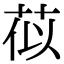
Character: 𫈄